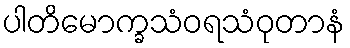
ပါတိမောက္ခသံဝရသံဝုတာနံ